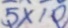
5 \times 1 0